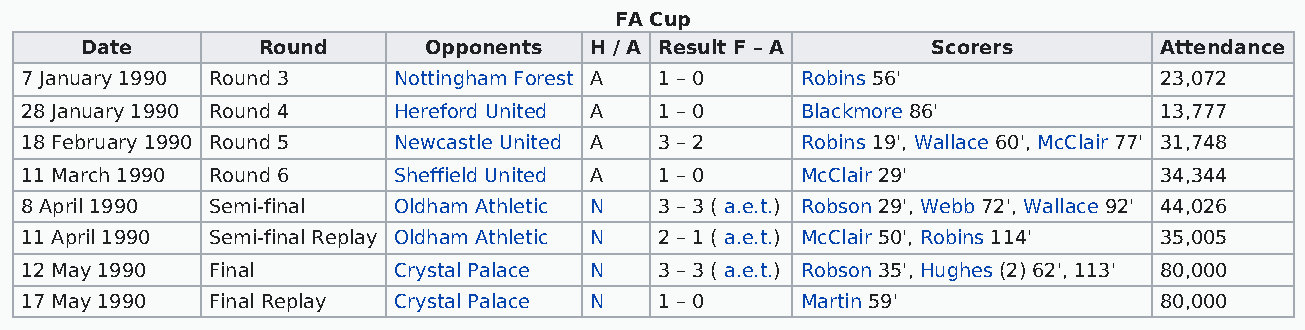
FA Cup
 Date        Round      Opponents  H / A Result F – A     Scorers        Attendance
 7 January 1990 Round 3   Nottingham Forest A 1 – 0  Robins 56'              23,072
 28 January 1990 Round 4  Hereford United A 1 – 0    Blackmore 86'           13,777
 18 February 1990 Round 5 Newcastle United A 3 – 2   Robins 19', Wallace 60', McClair 77' 31,748
 11 March 1990 Round 6    Sheffield United A 1 – 0   McClair 29'             34,344
 8 April 1990 Semi-final  Oldham Athletic N 3 – 3 ( a.e.t.) Robson 29', Webb 72', Wallace 92' 44,026
 11 April 1990 Semi-final Replay Oldham Athletic N 2 – 1 ( a.e.t.) McClair 50', Robins 114' 35,005
 12 May 1990  Final       Crystal Palace N  3 – 3 ( a.e.t.) Robson 35', Hughes (2) 62', 113' 80,000
 17 May 1990  Final Replay Crystal Palace N 1 – 0    Martin 59'              80,000